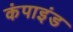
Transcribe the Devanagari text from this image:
कंपाइंड